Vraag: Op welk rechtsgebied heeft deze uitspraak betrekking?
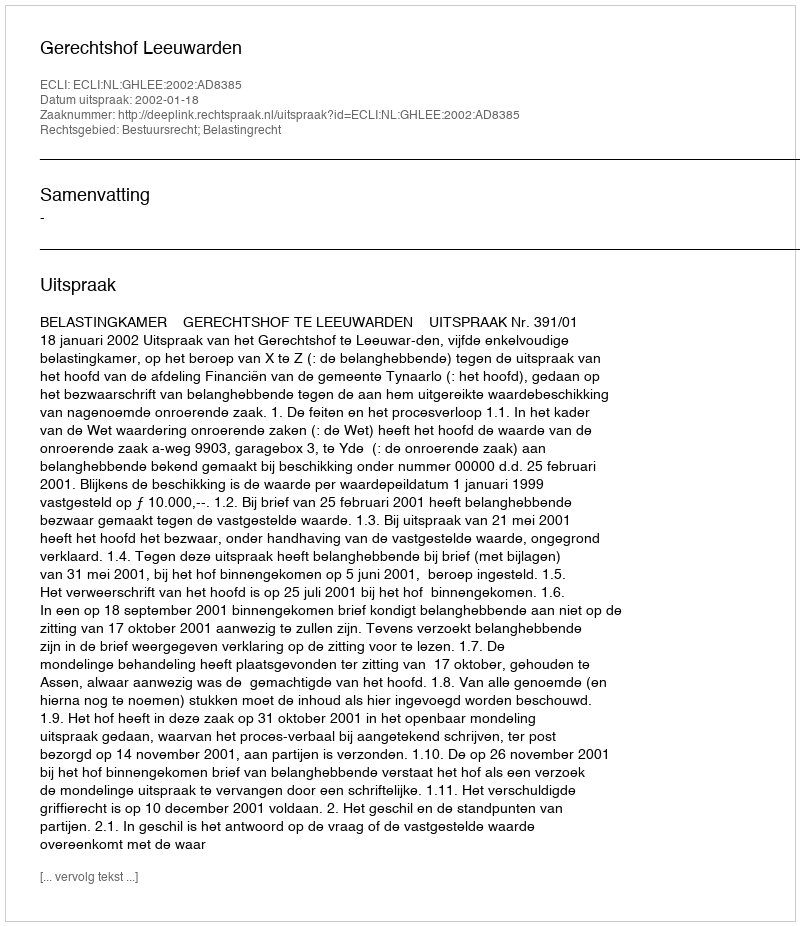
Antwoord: Bestuursrecht; Belastingrecht